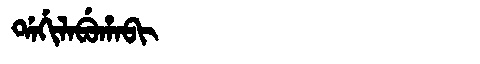
Manchu: ᡩᠠᡤᡳᠯᠠᠪᡠᡥᠠᠪᡳ
Romanization: DAGILABUHABI